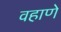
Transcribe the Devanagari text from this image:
वहाणे